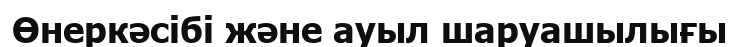
Өнеркәсібі және ауыл шаруашылығы